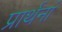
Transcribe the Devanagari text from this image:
प्रार्थनां